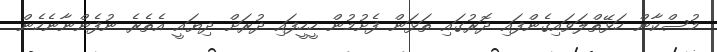
މުސްކާން ހަޅޭތްލަވައިގެންފައި ދޮރުގައި ތަޅަން ފެށުމުން ހީހީފައި ދުރަށް ދިޔައީ އެތެރެ ނުފެންނާނެހެން